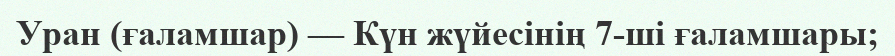
Уран (ғаламшар) — Күн жүйесінің 7-ші ғаламшары;